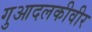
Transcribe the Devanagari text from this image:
गुआदलकीवीर